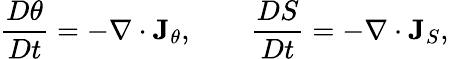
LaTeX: \frac{D\theta}{Dt}=-\nabla\cdot{\mathbf J}_{\theta},\qquad\frac{DS}{Dt}=-\nabla\cdot{\mathbf J}_{S},